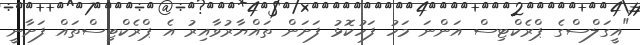
"އީގަލްސްގެ ޕްރެކްޓިސް އަންނަ މަހު ފަހުކޮޅު ފަށަން ތައްޔާރުވާއިރު އެ ޕްރެކްޓިސްތައް ފަށާނީ